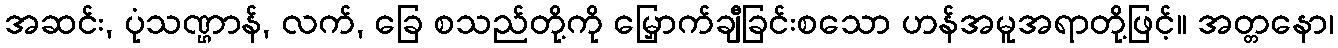
အဆင်း, ပုံသဏ္ဌာန်, လက်, ခြေ စသည်တို့ကို မြှောက်ချီခြင်းစသော ဟန်အမူအရာတို့ဖြင့်။ အတ္တနော၊